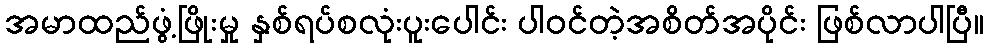
အမာထည်ဖွံ့ဖြိုးမှု နှစ်ရပ်စလုံးပူးပေါင်း ပါဝင်တဲ့အစိတ်အပိုင်း ဖြစ်လာပါပြီ။